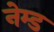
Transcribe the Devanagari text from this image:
नेम्‍ड